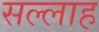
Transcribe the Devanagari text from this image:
सल्लाह